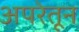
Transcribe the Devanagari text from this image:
अपरेतून